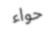
حواء